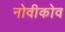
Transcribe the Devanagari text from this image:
नोवीकोव